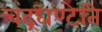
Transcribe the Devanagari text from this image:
चंद्रघण्टेति